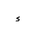
Letter: _hamza